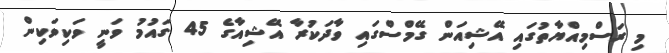
މި ރަސްމިއްޔާތުގައި އޭޝިއަން ގޭމްސްގައި ވާދަކުރާ އޭޝިއާގެ 45 ގައުމު ވަނީ ވަކިވަކިން